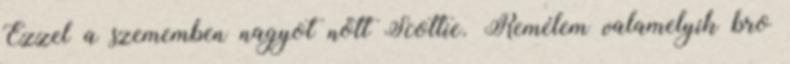
Ezzel a szememben nagyot nőtt Scottie. Remélem valamelyik bro